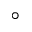
^ { \circ }